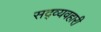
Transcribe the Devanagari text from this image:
सद्व्यवहारी